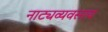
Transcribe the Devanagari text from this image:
नाट्यव्यवसाय